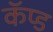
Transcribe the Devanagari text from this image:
कॅप्ड